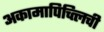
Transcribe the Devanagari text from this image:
अकामापिच्त्लिची